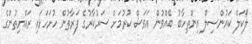
ލޯކަލް ކައުންސިލް އިންތިހާބު ބޭއްވުން އަވަސް ކުރުމަށް ސަރުކާރުގެ ފަރާތުން ހުށަހަޅައި ރައްޔިތުންގެ